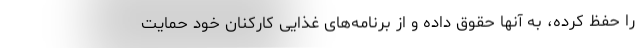
را حفظ کرده، به آنها حقوق داده و از برنامه‌های غذایی کارکنان خود حمایت